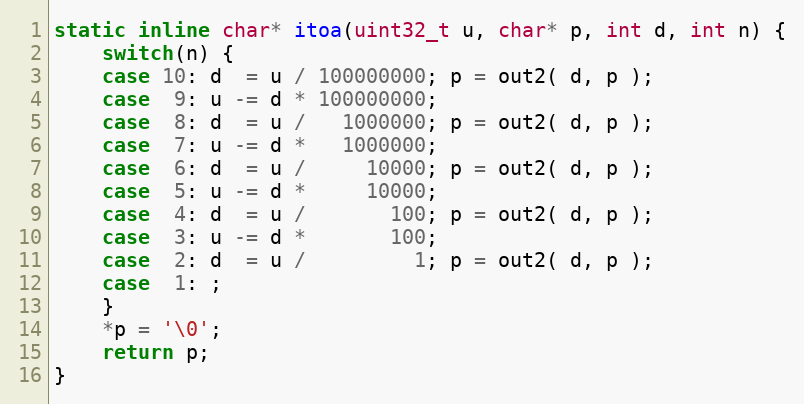
Language: C
static inline char* itoa(uint32_t u, char* p, int d, int n) {
    switch(n) {
    case 10: d  = u / 100000000; p = out2( d, p );
    case  9: u -= d * 100000000;
    case  8: d  = u /   1000000; p = out2( d, p );
    case  7: u -= d *   1000000;
    case  6: d  = u /     10000; p = out2( d, p );
    case  5: u -= d *     10000;
    case  4: d  = u /       100; p = out2( d, p );
    case  3: u -= d *       100;
    case  2: d  = u /         1; p = out2( d, p );
    case  1: ;
    }
    *p = '\0';
    return p;
}